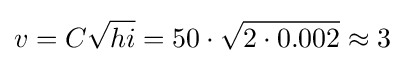
v=C{\sqrt {hi}}=50\cdot {\sqrt {2\cdot 0.002}}\approx 3